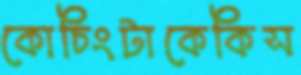
কোচিংটাকেকিস